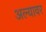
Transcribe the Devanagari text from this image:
अल्यावर